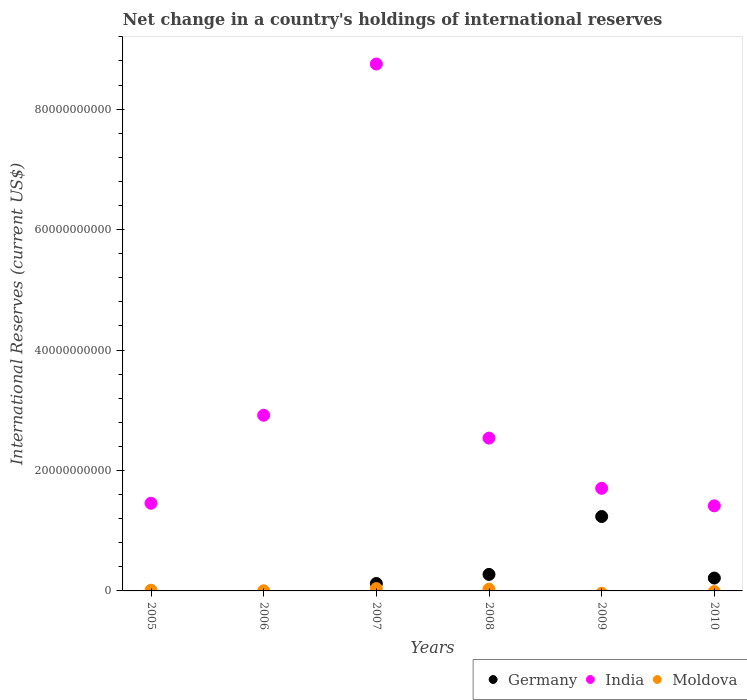
| Years | Germany | India | Moldova |
 | --- | --- | --- | --- |
 | 2005 | -2.6e+09 | 1.46e+10 | 1.14e+08 |
 | 2006 | -3.65e+09 | 2.92e+10 | 2.75e+07 |
 | 2007 | 1.23e+09 | 8.75e+10 | 3.9e+08 |
 | 2008 | 2.74e+09 | 2.54e+10 | 2.96e+08 |
 | 2009 | 1.24e+10 | 1.7e+10 | -3.94e+08 |
 | 2010 | 2.13e+09 | 1.41e+10 | -1.11e+08 |